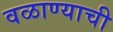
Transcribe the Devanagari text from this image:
वळाण्याची